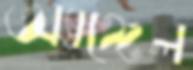
অ্যাঙ্গেল